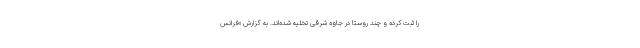
را ثبت کرده و چند روستا در جاوه شرقی تخلیه شده‌اند. به گزارش «فرانس